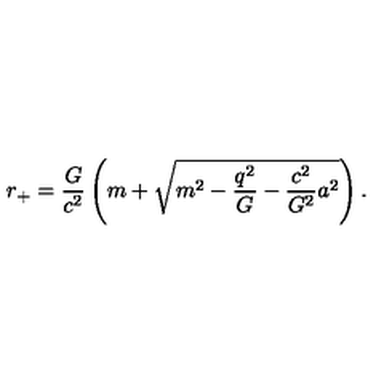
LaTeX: r _ { + } = \frac { G } { c ^ { 2 } } \left( m + \sqrt { m ^ { 2 } - \frac { q ^ { 2 } } { G } - \frac { c ^ { 2 } } { G ^ { 2 } } a ^ { 2 } } \right) .